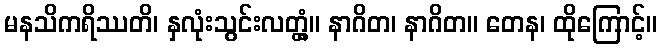
မနသိကရိဿတိ၊ နှလုံးသွင်းလတ္တံ့။ နာဂိတ၊ နာဂိတ။ တေန၊ ထိုကြောင့်။